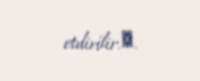
etdirilir.​.